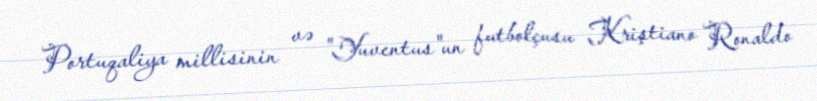
Portuqaliya millisinin və "Yuventus"un futbolçusu Kriştiano Ronaldo